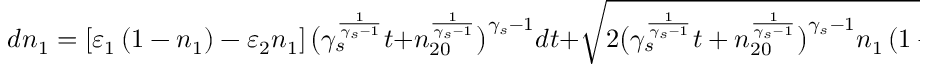
d n _ { 1 } = \left[ \varepsilon _ { 1 } \left( 1 - n _ { 1 } \right) - \varepsilon _ { 2 } n _ { 1 } \right] \big ( \gamma _ { s } ^ { \frac { 1 } { \gamma _ { s } - 1 } } t + n _ { 2 0 } ^ { \frac { 1 } { \gamma _ { s } - 1 } } \big ) ^ { \gamma _ { s } - 1 } d t + \sqrt { 2 \big ( \gamma _ { s } ^ { \frac { 1 } { \gamma _ { s } - 1 } } t + n _ { 2 0 } ^ { \frac { 1 } { \gamma _ { s } - 1 } } \big ) ^ { \gamma _ { s } - 1 } n _ { 1 } \left( 1 - n _ { 1 } \right) } d W _ { 1 , t } \, .